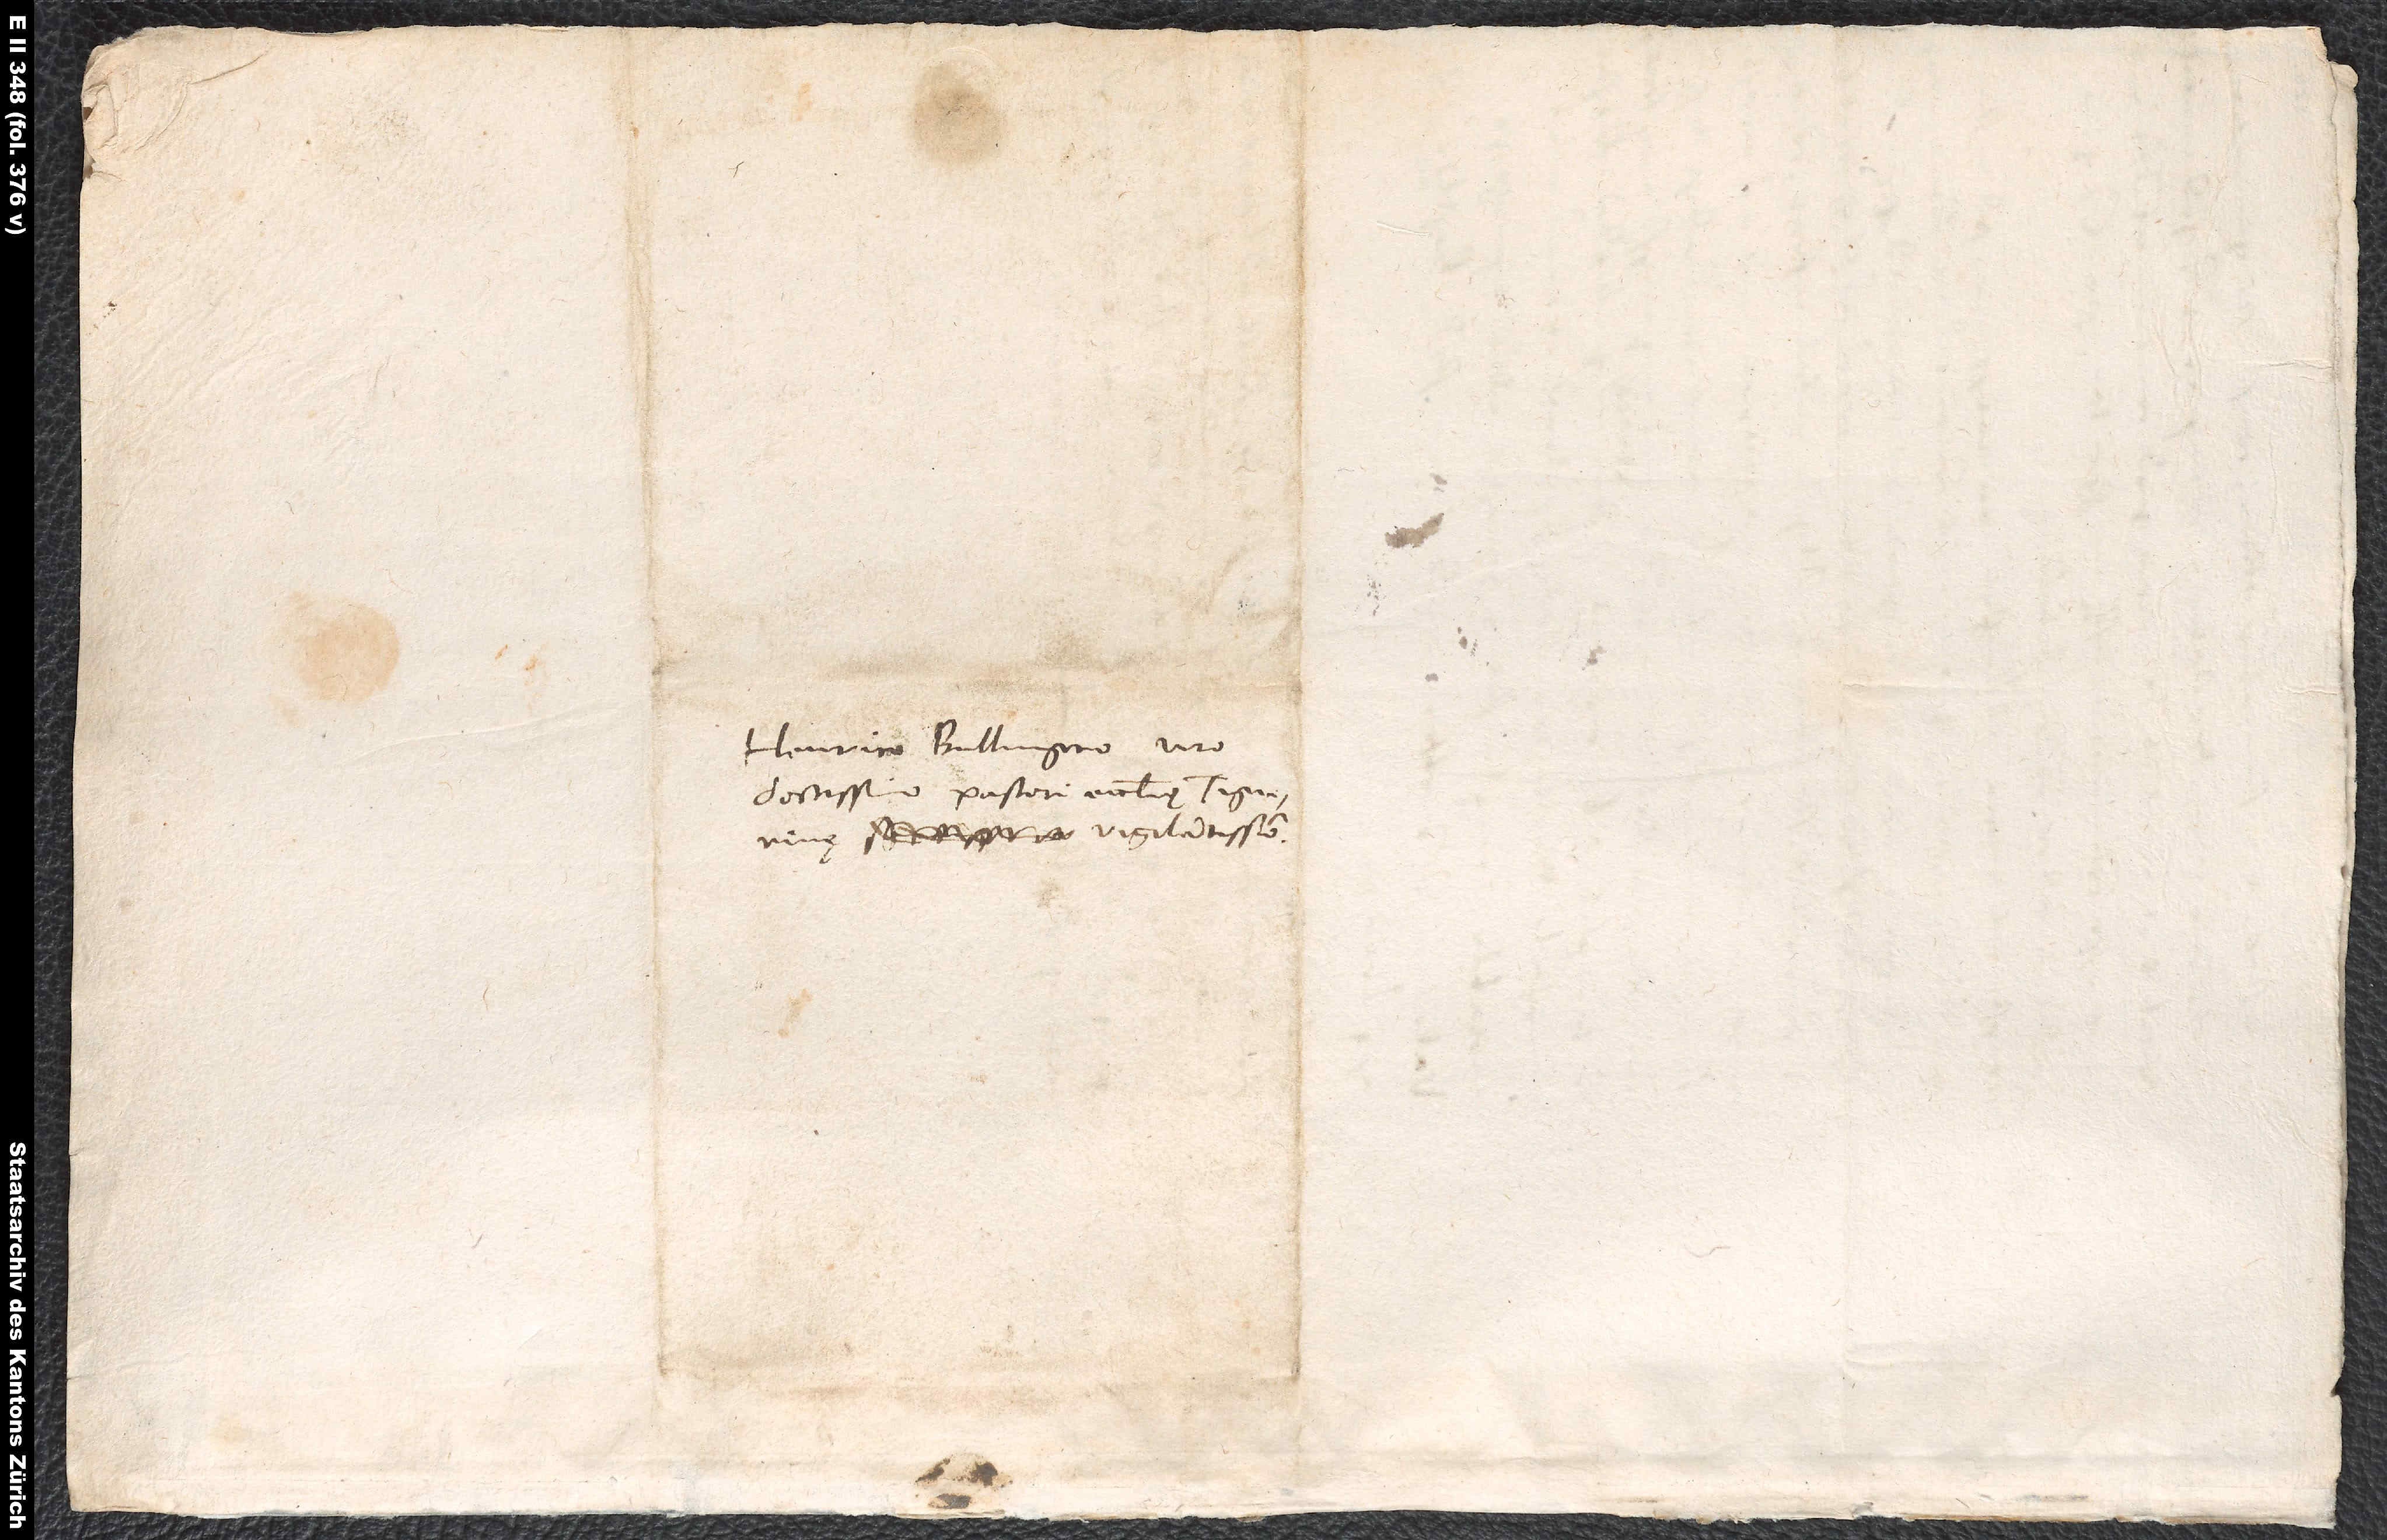
S.

Henrico Bullingero, viro
doctissimo, pastori ecclesiae Tigurinę
vigilantissimo.